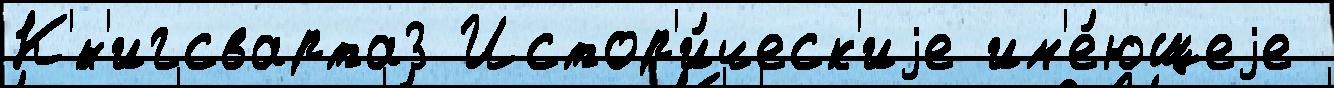
К'́н'игсварта3 Истор'и́ческ'иjе им'е́ющеjе